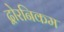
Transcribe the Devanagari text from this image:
द्वोरनिकम